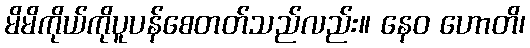
မိမိကိုယ်ကိုပူပန်စေတတ်သည်လည်း။ နေဝ ဟောတိ၊